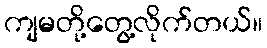
ကျမတို့တွေ့လိုက်တယ်။